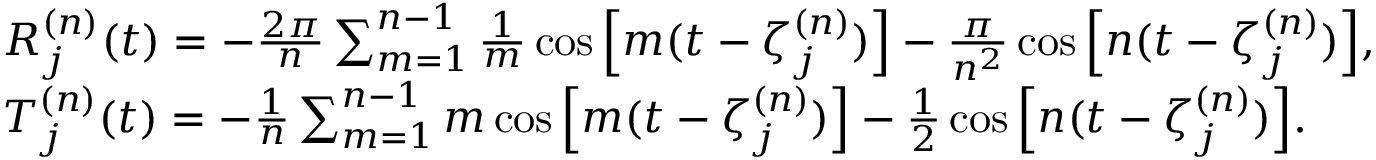
\begin{array} { r l } & { R _ { j } ^ { ( n ) } ( t ) = - \frac { 2 \pi } { n } \sum _ { m = 1 } ^ { n - 1 } \frac { 1 } { m } \cos \Big [ m ( t - \zeta _ { j } ^ { ( n ) } ) \Big ] - \frac { \pi } { n ^ { 2 } } \cos \Big [ n ( t - \zeta _ { j } ^ { ( n ) } ) \Big ] , } \\ & { T _ { j } ^ { ( n ) } ( t ) = - \frac { 1 } { n } \sum _ { m = 1 } ^ { n - 1 } m \cos \Big [ m ( t - \zeta _ { j } ^ { ( n ) } ) \Big ] - \frac { 1 } { 2 } \cos \Big [ n ( t - \zeta _ { j } ^ { ( n ) } ) \Big ] . } \end{array}